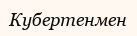
Кубертенмен